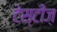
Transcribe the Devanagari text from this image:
टेस्टीज़